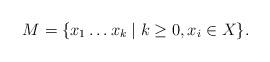
LaTeX: \begin{align*}M = \{ x_1 \dots x_k \mid k \ge 0, x_i \in X \} .\end{align*}